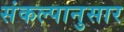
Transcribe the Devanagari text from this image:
संकल्पानुसार